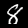
Digit: 8